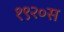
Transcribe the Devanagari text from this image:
१९२०स